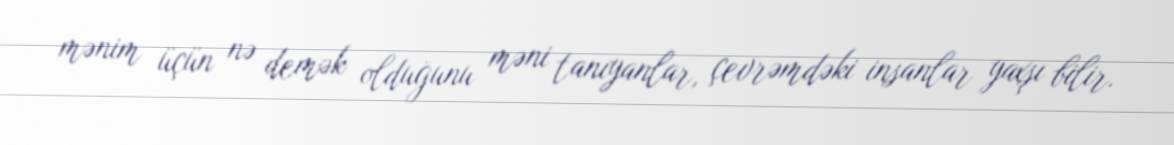
mənim üçün nə demək olduğunu məni tanıyanlar, çevrəmdəki insanlar yaxşı bilir.